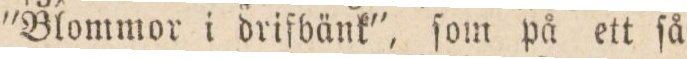
“Blommor i drifbänk”, ſom på ett ſå